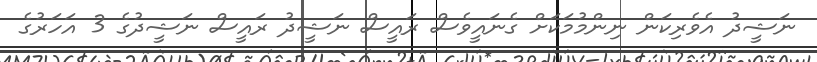
ނަޝީދު އެވެރިކަން ނިންމުމަކަށް ގެނައީވެސް ރައީސް ނަޝީދު ރައީސް ނަޝީދުގެ 3 އަހަރުގެ